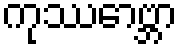
ကုဿောဗ္ဘာ